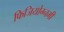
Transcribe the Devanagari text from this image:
फिजियोग्नमी